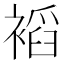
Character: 𲀾